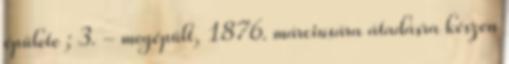
épülete ; 3. - megépült, 1876. márciusára átadásra készen